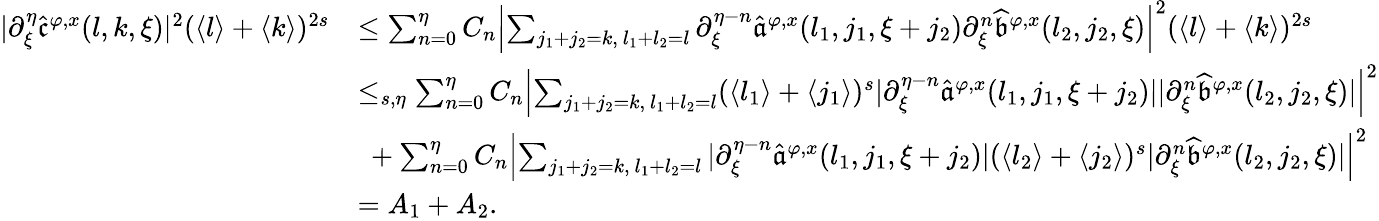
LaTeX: \begin{array}{rl}{|\partial_{\xi}^{\eta}\widehat{\mathfrak{c}}^{\varphi,x}(l,k,\xi)|^{2}(\langle l\rangle+\langle k\rangle)^{2s}}&{\le\sum_{n=0}^{\eta}C_{n}\left|\sum_{j_{1}+j_{2}=k,\ l_{1}+l_{2}=l}\partial_{\xi}^{\eta-n}\widehat{\mathfrak{a}}^{\varphi,x}(l_{1},j_{1},\xi+{j_{2}})\partial_{\xi}^{n}\widehat{\mathfrak{b}}^{\varphi,x}(l_{2},j_{2},\xi)\right|^{2}(\langle l\rangle+\langle k\rangle)^{2s}}\\ &{\le_{s,\eta}\sum_{n=0}^{\eta}C_{n}\left|\sum_{j_{1}+j_{2}=k,\ l_{1}+l_{2}=l}(\langle l_{1}\rangle+\langle j_{1}\rangle)^{s}|\partial_{\xi}^{\eta-n}\widehat{\mathfrak{a}}^{\varphi,x}(l_{1},j_{1},\xi+{j_{2}})||\partial_{\xi}^{n}\widehat{\mathfrak{b}}^{\varphi,x}(l_{2},j_{2},\xi)|\right|^{2}}\\ &{\ +\sum_{n=0}^{\eta}C_{n}\left|\sum_{j_{1}+j_{2}=k,\ l_{1}+l_{2}=l}|\partial_{\xi}^{\eta-n}\widehat{\mathfrak{a}}^{\varphi,x}(l_{1},j_{1},\xi+{j_{2}})|(\langle l_{2}\rangle+\langle j_{2}\rangle)^{s}|\partial_{\xi}^{n}\widehat{\mathfrak{b}}^{\varphi,x}(l_{2},j_{2},\xi)|\right|^{2}}\\ &{=A_{1}+A_{2}.}\end{array}